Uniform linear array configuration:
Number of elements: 8
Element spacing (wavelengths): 0.5
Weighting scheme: blackman
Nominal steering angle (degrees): -15
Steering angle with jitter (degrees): -16.568
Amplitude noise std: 0.05
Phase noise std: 0.05

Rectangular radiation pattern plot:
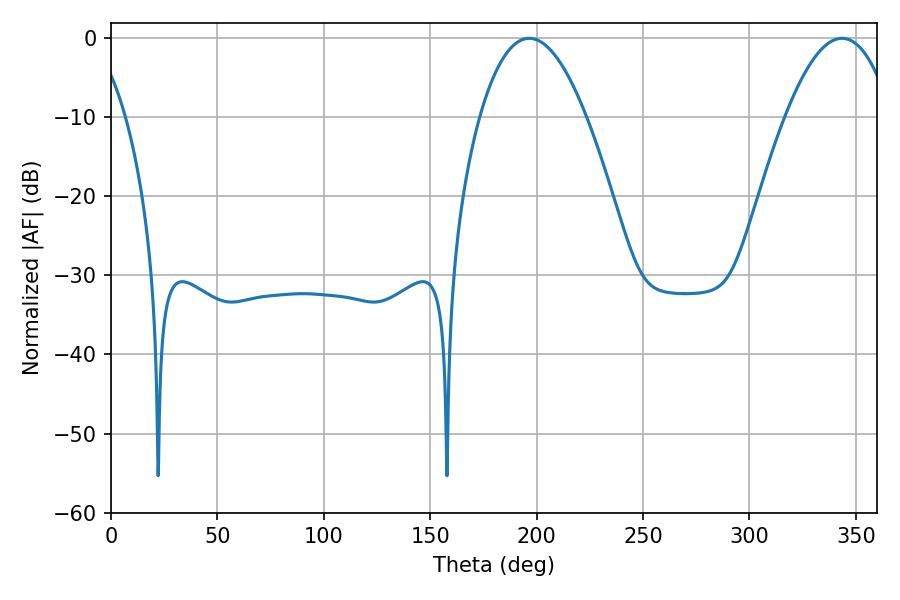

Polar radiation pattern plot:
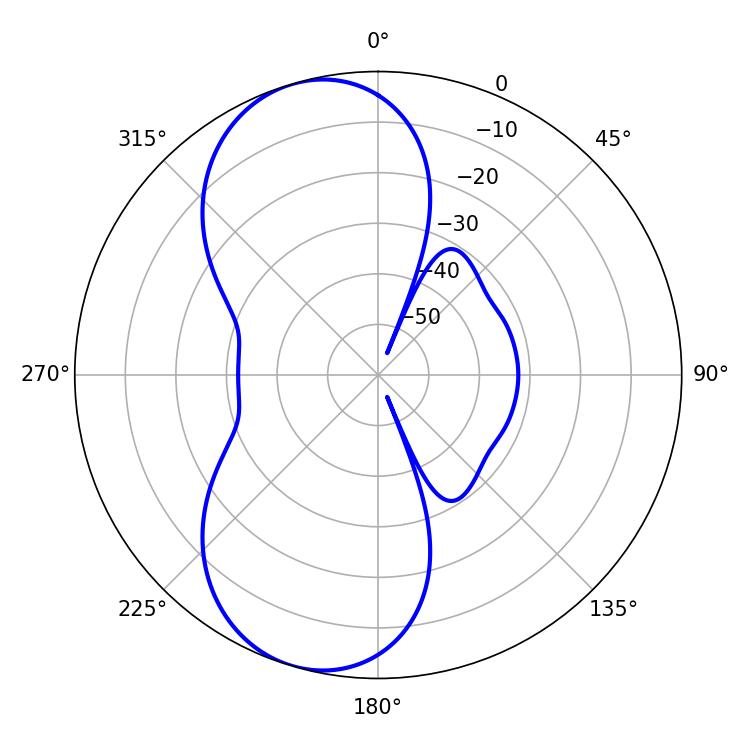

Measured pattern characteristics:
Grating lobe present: FALSE
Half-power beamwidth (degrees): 27.54
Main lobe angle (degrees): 196.56